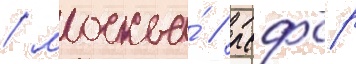
/ москва́ / рсфср